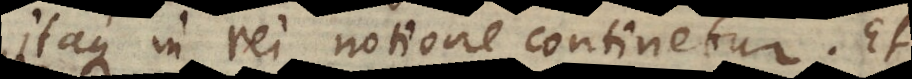
itaque in rei notione continetur. Et